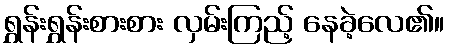
ရွှန်းရွှန်းစားစား လှမ်းကြည့် နေခဲ့လေ၏။